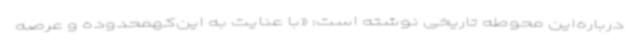
درباره‌این محوطه تاریخی نوشته است: «با عنایت به این‌کهمحدوده و عرصه